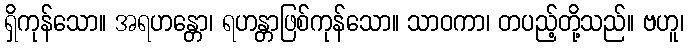
ရှိကုန်သော။ အရဟန္တော၊ ရဟန္တာဖြစ်ကုန်သော။ သာဝကာ၊ တပည့်တို့သည်။ ဗဟူ၊